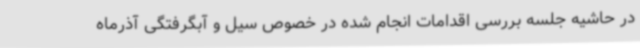
در حاشیه جلسه‌ بررسی اقدامات انجام شده در خصوص سیل و آبگرفتگی آذرماه